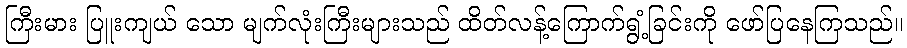
ကြီးမား ပြူးကျယ် သော မျက်လုံးကြီးများသည် ထိတ်လန့်ကြောက်ရွံ့ခြင်းကို ဖော်ပြနေကြသည်။